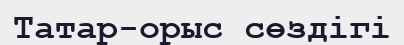
Татар-орыс сөздігі